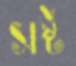
সষ্ট